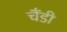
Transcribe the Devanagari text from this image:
चैंडी